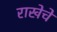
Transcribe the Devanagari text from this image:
राखेचे